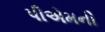
પીએમની